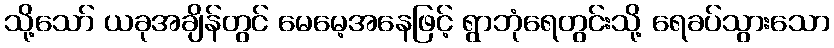
သို့သော် ယခုအချိန်တွင် မေမေ့အနေဖြင့် ရွာဘုံရေတွင်းသို့ ရေခပ်သွားသော